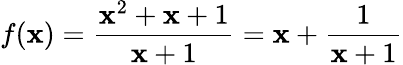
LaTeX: f(\mathbf{x})={\frac{{\mathbf{x}^{2}+\mathbf{x}+1}}{{\mathbf{x}+1}}}=\mathbf{x}+{\frac{{1}}{{\mathbf{x}+1}}}